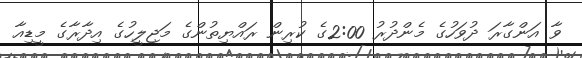
ވާ އަންގާރަ ދުވަހުގެ މެންދުރު 2:00ގެ ކުރިން ރައްޔިތުންގެ މަޖިލީހުގެ އިދާރާގެ މީޑިއާ